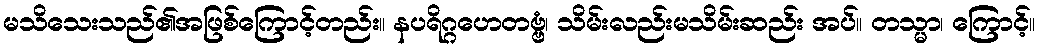
မသိသေးသည်၏အဖြစ်ကြောင့်တည်း။ နပရိဂ္ဂဟေတဗ္ဗံ၊ သိမ်းလည်းမသိမ်းဆည်း အပ်။ တသ္မာ၊ ကြောင့်။